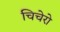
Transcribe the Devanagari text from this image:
चिचेरो